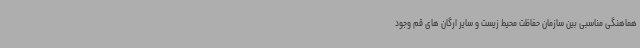
هماهنگی مناسبی بین سازمان حفاظت محیط زیست و سایر ارگان های قم وجود